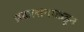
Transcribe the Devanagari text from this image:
प्रकाशनाकडून